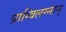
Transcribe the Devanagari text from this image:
प्राग्विलग्नान्